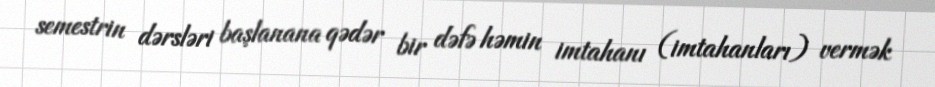
semestrin dərsləri başlanana qədər bir dəfə həmin imtahanı (imtahanları) vermək